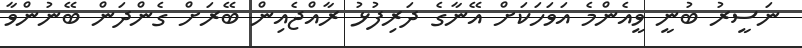
ނަސީރު ބުނީ ވީއެންމެ އަވަހަކަށް އޭނާގެ ދަރިފުޅު ރާއްޖެއިން ބޭރަށް ގެންދަން ބޭނުންވާ